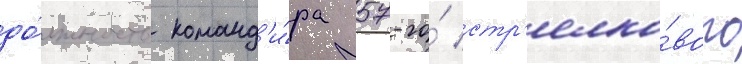
до́лжность команд'и́ра 57-го́ стр'елко́вого